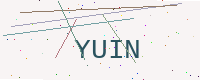
Text: YUIN